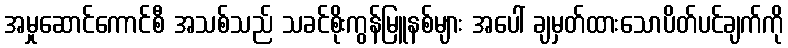
အမှုဆောင်ကောင်စီ အသစ်သည် သခင်စိုးကွန်မြူနစ်များ အပေါ် ချမှတ်ထားသောပိတ်ပင်ချက်ကို